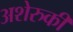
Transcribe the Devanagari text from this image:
अशेरुकी